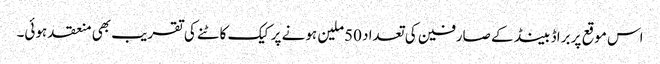
اس موقع پر براڈ بینڈ کے صارفین کی تعداد 50ملین ہونے پر کیک کاٹنے کی تقریب بھی منعقد ہوئی۔